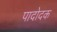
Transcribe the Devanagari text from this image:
पादोदक